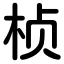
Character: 桢